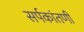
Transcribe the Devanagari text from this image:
सर्पकांतणी